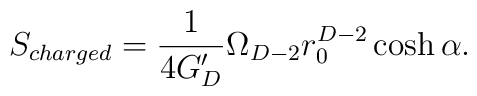
S_{charged}= {1\over 4G^\prime_D} \Omega_{D-2}   r_0^{D-2}\cosh\alpha.